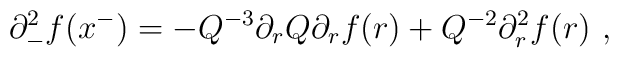
\partial_-^2 f(x^-)=- Q^{-3} \partial_rQ \partial_r f(r)+ Q^{-2} \partial_r^2 f(r)~,